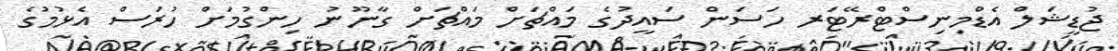
ޖުޑީޝަލް އެޑްމިނިސްޓްރޭޓަރ ހަސަން ސައީދުގެ މައްޗަށް މައްޗަށް ގާނޫނު ހިންގުމަށް ހުރަސް އެޅުމުގެ